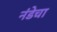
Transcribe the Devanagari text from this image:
नंडेचा